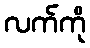
လက်ကို